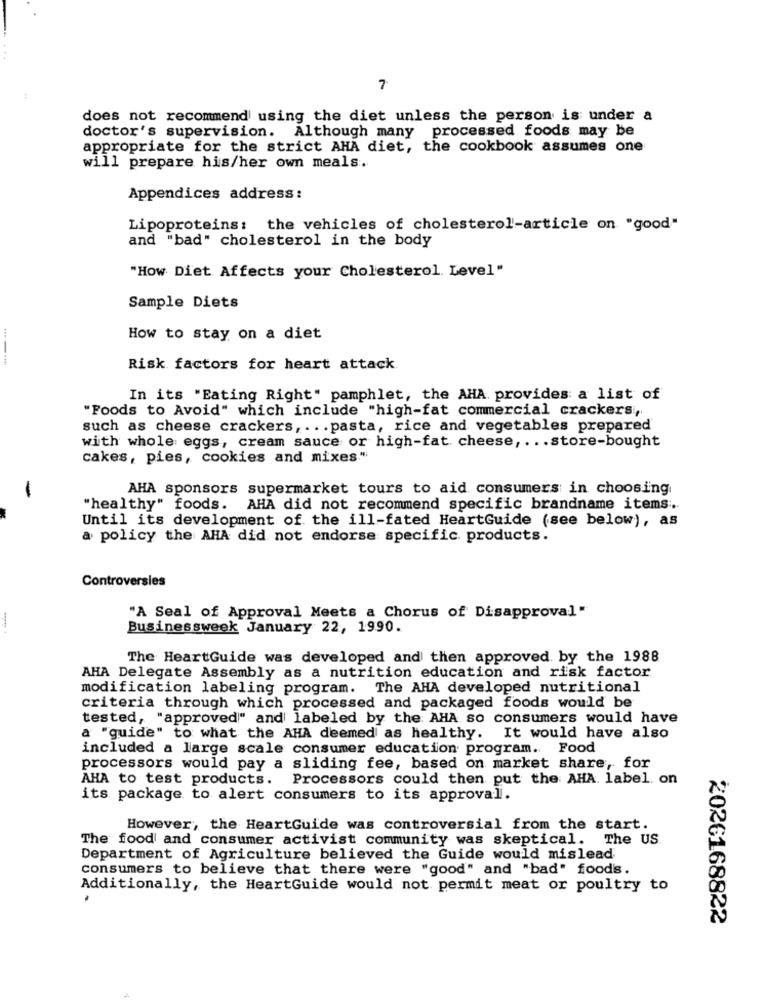
7
does not recommend using the diet unless the person is under a
doctor's supervision. Although many processed foods may be
appropriate for the strict AHA diet, the cookbook assumes one
will prepare his/her own meals.
Appendices address:
Lipoproteins: the vehicles of cholesterol-article on "good"
and "bad" cholesterol in the body
"How Diet Affects your Cholesterol. Level"
Sample Diets
How to stay on a diet
----
Risk factors for heart attack
In its "Eating Right" pamphlet, the AHA. provides a list of
"Foods to Avoid" which include "high-fat commercial crackers,
such as cheese crackers ,... pasta, rice and vegetables prepared
with whole eggs, cream sauce or high-fat cheese ,... store-bought
cakes, pies, cookies and mixes"
AHA sponsors supermarket tours to aid consumers in choosing
-
"healthy" foods. AHA did not recommend specific brandname items ..
Until its development of the ill-fated HeartGuide (see below), as
a policy the AHA did not endorse specific. products.
Controversies
"A Seal of Approval Meets a Chorus of Disapproval"
Businessweek January 22, 1990.
The HeartGuide was developed and then approved by the 1988
AHA Delegate Assembly as a nutrition education and risk factor
modification labeling program. The AHA developed nutritional
criteria through which processed and packaged foods would be
tested, "approved"" and labeled by the AHA so consumers would have
a "guide" to what the AHA deemed as healthy. It would have also
included a large scale consumer education program. Food
processors would pay a sliding fee, based on market share, for
AHA to test products. Processors could then put the AHA label. on
its package to alert consumers to its approval.
However, the HeartGuide was controversial from the start.
The food and consumer activist community was skeptical. The US.
Department of Agriculture believed the Guide would mislead
consumers to believe that there were "good" and "bad" foods.
Additionally, the HeartGuide would not permit meat or poultry to
.
2026168822